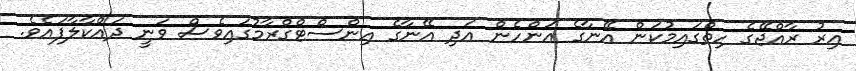
އިރު ރާއްޖޭގެ ހިތްގައިމުކަން އޭނާގެ އަންހެން އަދި އޭނާގެ އިންސްޓްގްރާމުގައިވެސް ވަނީ ދައްކާލާފައެވެ.